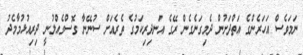
ނަމަވެސް އަހަރެންގެ އަތްދަށުން ދެމިގަނެގެން ރޭގެ އަނދިރިކަމުގެ ތެރެއަށް ސުނޭނާ ގޮސްގެއްލުނީ ދިރިއުޅުމާމެދު